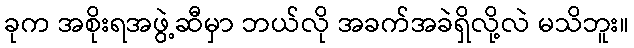
ခုက အစိုးရအဖွဲ့ဆီမှာ ဘယ်လို အခက်အခဲရှိလို့လဲ မသိဘူး။